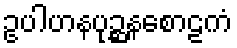
ဥပါဟနပုဉ္ဆနစောဠကံ